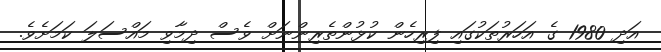
އަދި 1980 ގެ އަހަރުތަކުގައި ފިރިހެން ކުޅުންތެރިންނަށް ވެސް ދިމާވި މައްސަލަ ކަމަށެވެ.